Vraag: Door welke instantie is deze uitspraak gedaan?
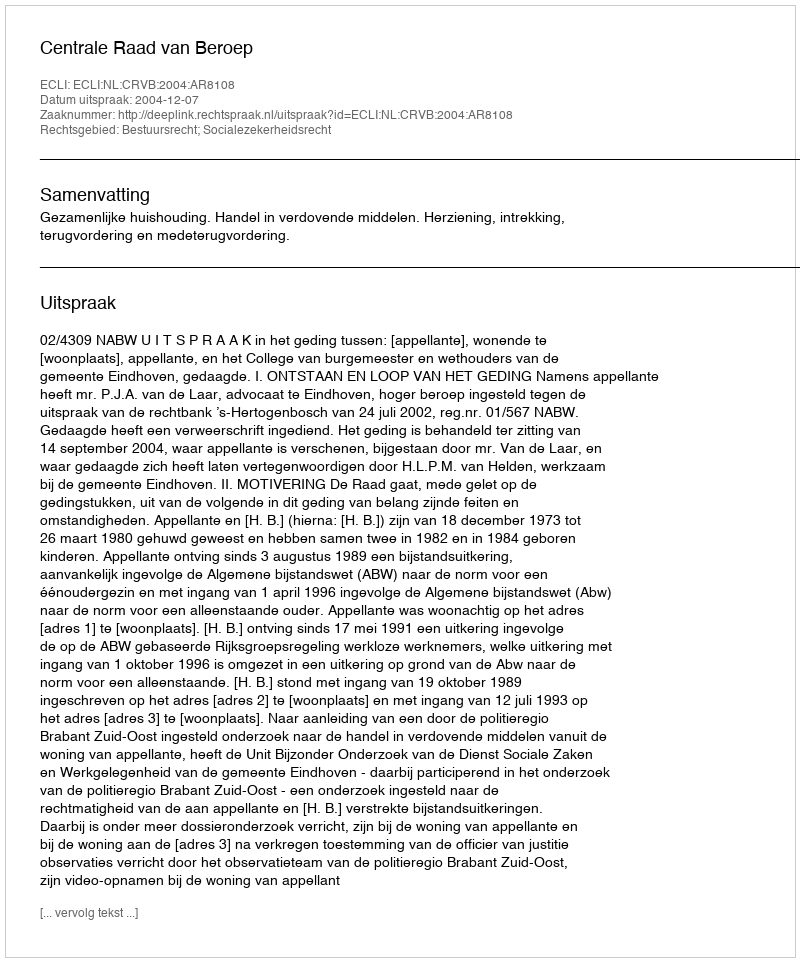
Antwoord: Centrale Raad van Beroep